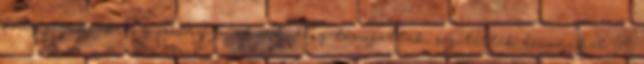
feleségeinknek és a családjainknak, hogy támogattak, segítettek bennünket. A